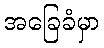
အခြေခံမှာ